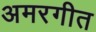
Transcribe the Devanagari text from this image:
अमरगीत